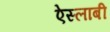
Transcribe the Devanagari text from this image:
ऐस्लाबी